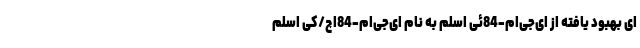
ای بهبود یافته از ای‌جی‌ام-84ئی اسلم به نام ای‌جی‌ام-84اچ/کی اسلم